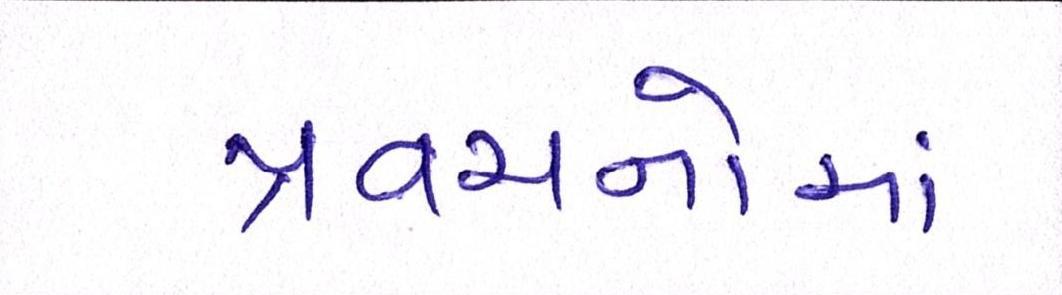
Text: પ્રવચનોમાં